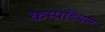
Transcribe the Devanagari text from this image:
कम्पेंडियस